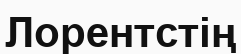
Лорентстің